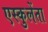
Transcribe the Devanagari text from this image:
एस्कुलेंता